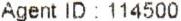
AGENT ID : 114500